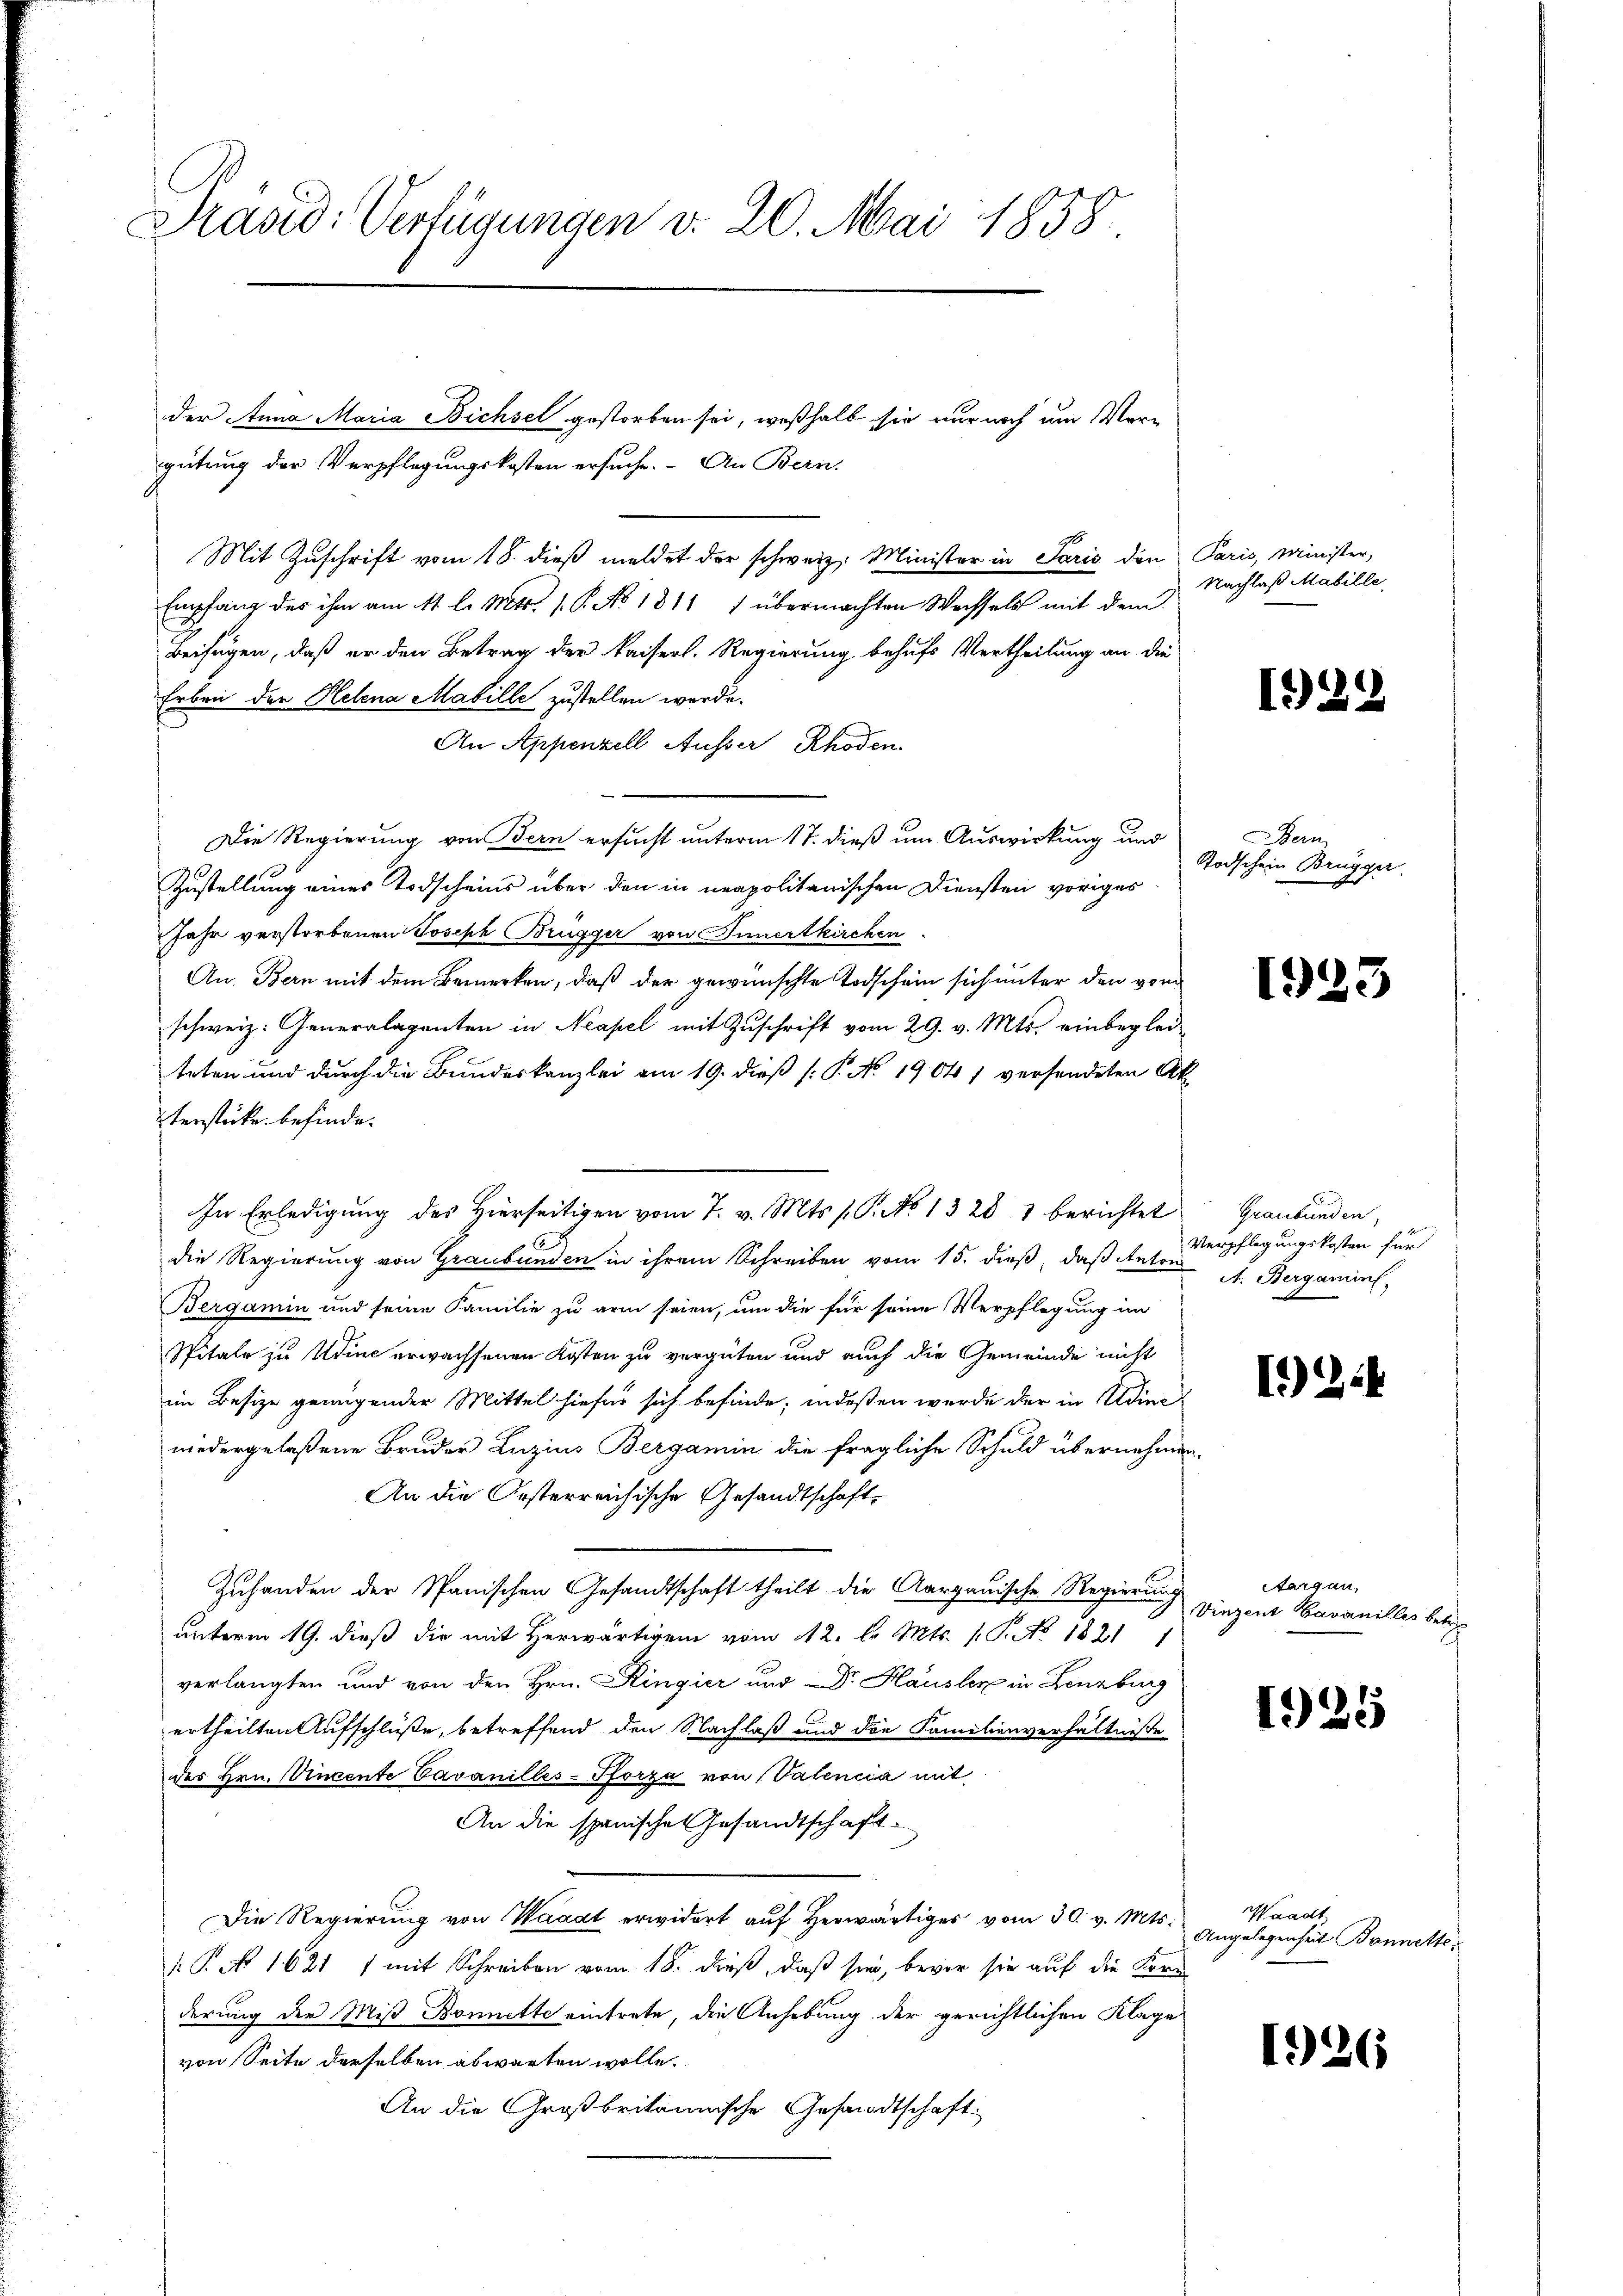
Prasid: Verfügungen v. 20. Mai 1858.

der Anna Maria Bichsel gestorben sei, weßhalb sie nur noch um Vergütung der Verpflegungskosten ersuche. An Bern,
Mit Zuschrift vom 18. dieß meldet der schweiz. Minister in Paris den
Empfang des ihm am 11. l. Mts. 1. P. No 1811 1 übermachten Wechsels mit dem
Beifügen, daß er den Betrag der kaiserl. Regierung behufs Vertheilung an die
Erben der Helena Mabille zustellen werde.
An Appenzell Ausser Rhoden
Die Regierung von Bern ersucht unterm 17. dieß um Auswirkung und
Zustellung eines Todscheins über den in neapolitanischen Diensten voriges
Jahr verstorbenen Joseph Brügger von Innertkirchen
An. Bern mit dem Bemerken, daß der gewünschte Todschein sich unter den vom
schweiz. Generalagenten in Neapel mit Zuschrift vom 29. v. Mts. einbeglei
teten und durch die Bundeskanzlei am 19. dieß (: P. No 1904 1 versendeten Ak
tersticke befinde.
In Erledigung des Hierseitigen vom 7. v. Mts. s. S. No 1328 1 berichtet
die Regierung von Graubünden in ihrem Schreiben vom 15. dieß, daß Anton
Bergamin und seine Familie zu arm seien, um die für seine Verpflegung im
Spitale zu Udine erwachsenen Kosten zu vergüten und auch die Gemeinde nicht
im Besize genügender Mittel hiefür sich befinde; indeßen werde der in Udinewiedergelaßene Bruder Luzius Bergamin die fragliche Schuld übernehmen
An die Oesterreichische Gesandtschaft
Zuhanden der Spanischen Gesandtschaft theilt die Aargauische Regierung
unterm 19. dieß die mit Herwärtig vom 12. d. Mts. 1. P. No. 18211
verlangten und von den Hrn. Ringier und Dr. Hausler in Lenzburg
ertheilten Aufschlüße, betreffend den Nachlaß und die Familienverhältnisse
des Hrn. Vincente Cavanilles-Pforza von Valencia mit
An die spanische Gesandtschaft
Die Regierung von Waadt erwidert auf herwärtiges vom 30. v. Mts.
.P. No 1621 1 mit Schreiben vom 18. dieß, daß sie, bevor sie auf die Korderung der Miß Bonnette eintrete, die Anhebung der gerichtlichen Klage
von Seite derselben abwarten wolle.
An die Großbritannische Gesandtschaft

Paris, Minister
Nachlaß Mabille,

13.

Bern
Todschein Brugger.

1933

Graubünden,
Verpflegungskosten für
A. Bergaminf

124

Sargau,
Vinzent Bavanilles betr.

1925

Waadt
Angelegenheit Bonnette.

1)

6